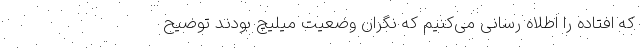
که افتاده را اطلاه رسانی می‌کنیم که نگران وضعیت میلیچ بودند توضیح